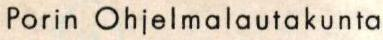
Porin Ohjelmalautakunta